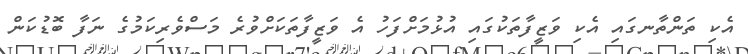
އެކި ތަންތާނގައި އެކި ވަޒީފާތަކުގައި އުޅުމަށްފަހު އެ ވަޒީފާތަކަށްވުރެ މަސްވެރިކަމުގެ ނަފާ ބޮޑުކަން